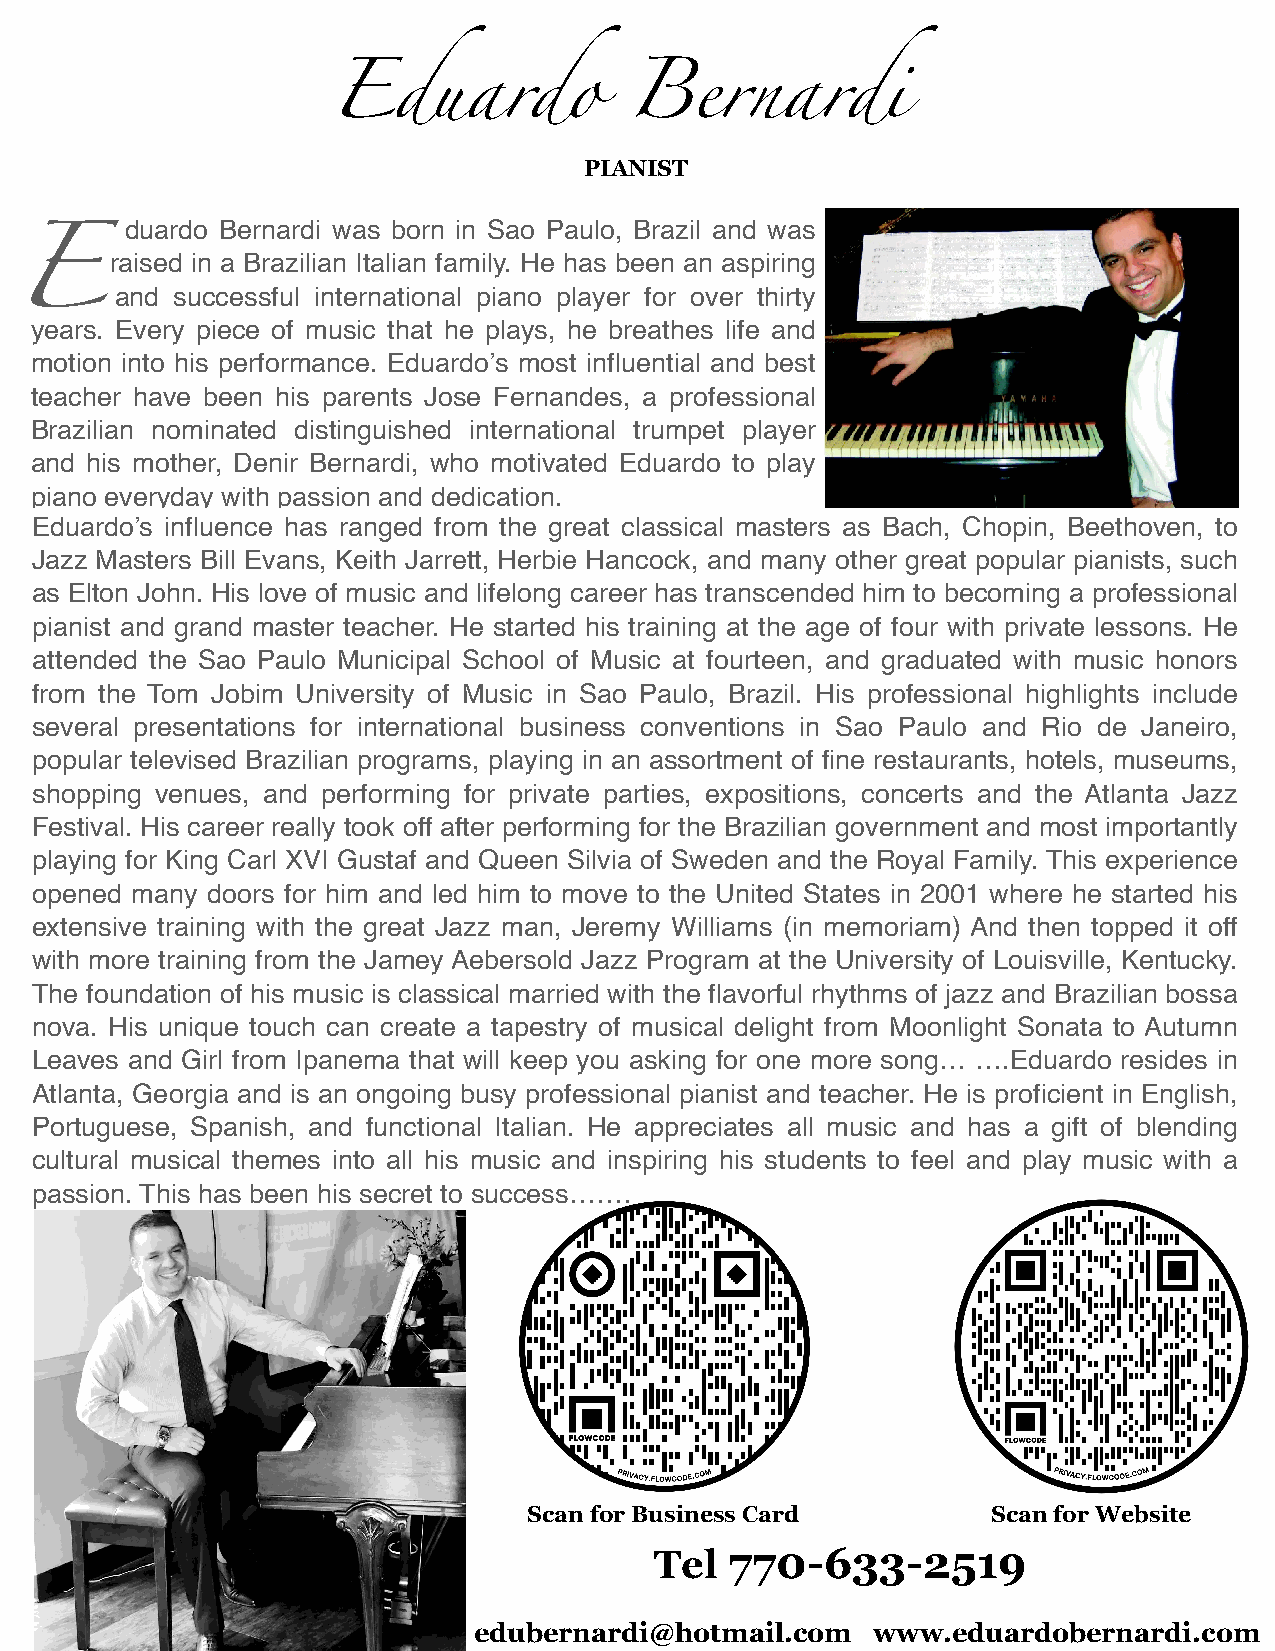
Eduardo            Bernardi
 PIANIST
 duardo Bernardi was born in Sao Paulo, Brazil and was
 raised in a Brazilian Italian family. He has been an aspiring
 and successful international piano player for over thirty
 years. Every piece of music that he plays, he breathes life and
 E
 motion into his performance. Eduardo’s most influential and best
 teacher have been his parents Jose Fernandes, a professional
 Brazilian nominated distinguished international trumpet player
 and his mother, Denir Bernardi, who motivated Eduardo to play
 piano everyday with passion and dedication.
 Eduardo’s influence has ranged from the great classical masters as Bach, Chopin, Beethoven, to
 Jazz Masters Bill Evans, Keith Jarrett, Herbie Hancock, and many other great popular pianists, such
 as Elton John. His love of music and lifelong career has transcended him to becoming a professional
 pianist and grand master teacher. He started his training at the age of four with private lessons. He
 attended the Sao Paulo Municipal School of Music at fourteen, and graduated with music honors
 from the Tom Jobim University of Music in Sao Paulo, Brazil. His professional highlights include
 several presentations for international business conventions in Sao Paulo and Rio de Janeiro,
 popular televised Brazilian programs, playing in an assortment of fine restaurants, hotels, museums,
 shopping venues, and performing for private parties, expositions, concerts and the Atlanta Jazz
 Festival. His career really took off after performing for the Brazilian government and most importantly
 playing for King Carl XVI Gustaf and Queen Silvia of Sweden and the Royal Family. This experience
 opened many doors for him and led him to move to the United States in 2001 where he started his
 extensive training with the great Jazz man, Jeremy Williams (in memoriam) And then topped it off
 with more training from the Jamey Aebersold Jazz Program at the University of Louisville, Kentucky.
 The foundation of his music is classical married with the flavorful rhythms of jazz and Brazilian bossa
 nova. His unique touch can create a tapestry of musical delight from Moonlight Sonata to Autumn
 Leaves and Girl from Ipanema that will keep you asking for one more song… ….Eduardo resides in
 Atlanta, Georgia and is an ongoing busy professional pianist and teacher. He is proficient in English,
 Portuguese, Spanish, and functional Italian. He appreciates all music and has a gift of blending
 cultural musical themes into all his music and inspiring his students to feel and play music with a
 passion. This has been his secret to success…….
 Scan for Business Card         Scan for Website
 Tel  770-633-2519
 edubernardi@hotmail.com    www.eduardobernardi.com